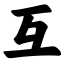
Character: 互